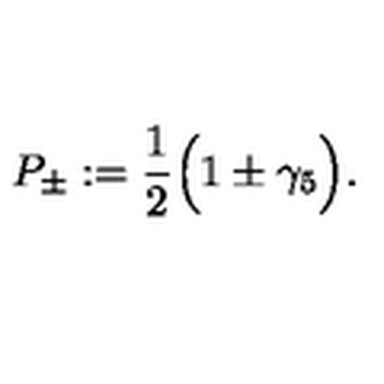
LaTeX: P _ { \pm } : = \frac { 1 } { 2 } \Big ( 1 \pm \gamma _ { 5 } \Big ) .